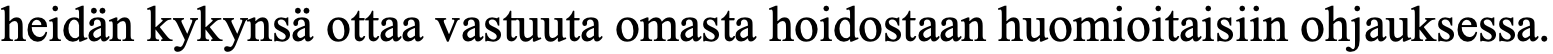
heidän kykynsä ottaa vastuuta omasta hoidostaan huomioitaisiin ohjauksessa.